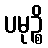
ပမုဉ္စိ